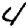
Digit: 4